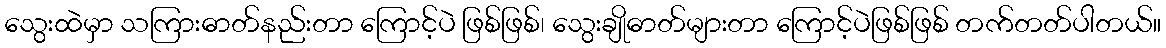
သွေးထဲမှာ သကြားဓာတ်နည်းတာ ကြောင့်ပဲ ဖြစ်ဖြစ်၊ သွေးချိုဓာတ်များတာ ကြောင့်ပဲဖြစ်ဖြစ် တက်တတ်ပါတယ်။